Report on sanitation, dispensaries, and jails in Rajputana for 1918, and on vaccination for the year 1918-1919 - 1918-1919
Year: 1918
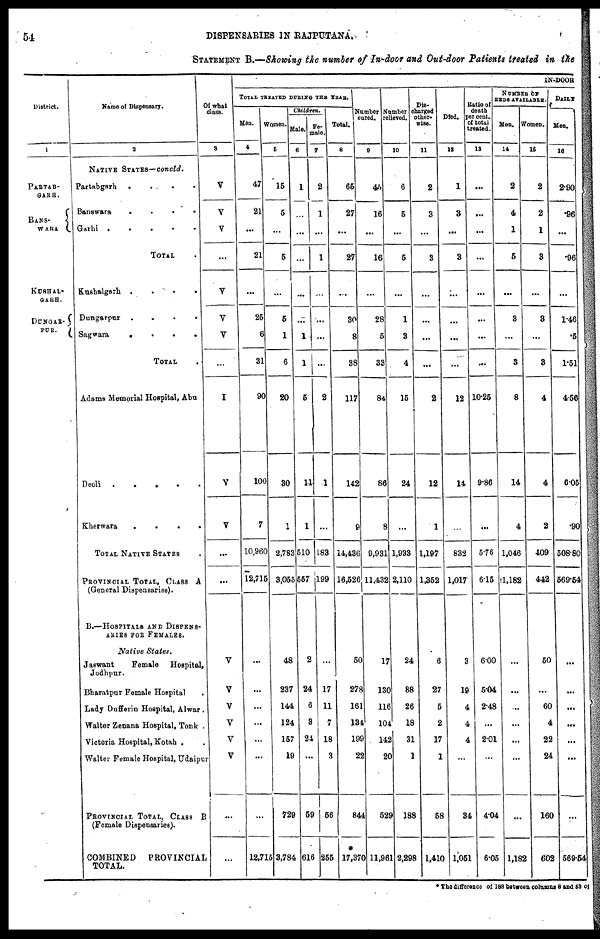
54
DISPENSARIES IN RAJPUTANA.
STATEMENT B.—Showing the number of In-door and Out-door Patients treated in the
District.
1
PARTAB-
GARH.
BANS-
WARA
KUSHAL-
GARH.
DUNGAR-
PUR.
Name of Dispensary.
2
NATIVE STATES— concld.
Partabgarh
. . . .
Banswara
. . . .
Garhi . . . . .
TOTAL .
Kushalgarh
.
.
.
.
Dungarpur .
.
.
.
Sagwara
.
.
.
.
TOTAL .
Adams Memorial Hospital, Abu
Deoli . . . .
.
Kherwara
.
.
.
.
TOTAL NATIVE STATES .
PROVINCIAL TOTAL, CLASS A
(General Dispensaries).
B.—HOSPITALS AND DISPENS-
ARIES FOR FEMALES.
Native
States.
Jaswant
Female
Hospital,
Jodhpur.
Bharatpur Female Hospital .
Lady Dufferin Hospital, Alwar .
Walter Zenana Hospital, Tonk .
Victoria Hospital, Kotah . .
Walter Female Hospital, Udaipur
PROVINCIAL TOTAL, CLASS
B
(Female Dispensaries).
COMBINED
PROVINCIAL
TOTAL.
Of what
class.
3
V
V
V
...
V
V
V
...
I
V
V
...
...
V
V
V
V
V
V
...
...
IN-DOOR
TOTAL TREATED DURING THE YEAR.
Men.
4
47
21
...
21
...
25
6
31
90
100
7
10,960
12,715
...
...
...
...
...
...
...
12,715
Women.
5
15
5
...
5
...
5
1
6
20
30
1
2,783
3,055
48
237
144
124
157
19
729
3,784
Children.
Mal e.
6
1
...
...
...
...
...
1
1
5
11
1
510
557
2
24
6
3
24
...
59
616
Fe-
male.
7
2
1
...
1
...
...
...
...
2
1
...
183
199
...
17
11
7
18
3
56
255
Total.
8
65
27
...
27
...
30
8
38
117
142
9
14,436
16,526
50
278
161
134
199
22
844
*
17,370
Number
cured.
9
45
16
...
16
...
28
5
33
84
86
8
9,931
11,432
17
130
116
104
142
20
529
11,961
Number
relieved.
10
6
5
...
5
...
1
3
4
15
24
...
1,933
2,110
24
88
26
18
31
1
188
2,298
Dis-
charged
other-
wise.
11
2
3
...
3
...
...
...
...
2
12
1
1,197
1,352
6
27
5
2
17
1
58
1,410
Di ed.
12
1
3
...
3
...
...
...
...
12
14
...
832
1,017
3
19
4
4
4
...
34
1,051
Ratio of
death
per cent.,
of total
treated.
13
...
...
...
...
...
...
...
...
10.25
9.86
...
5.76
6.15
6.00
5.04
2.48
...
2.01
...
4.04
6.05
NUMBER OF
BEDS AVAILABLE
Men.
14
2
4
1
5
...
3
...
3
8
14
4
1,046
1,182
...
...
...
...
...
...
...
1,182
Women.
15
2
2
1
3
...
3
...
3
4
4
2
409
442
50
...
60
4
22
24
160
602
DAILY
Men.
16
2.90
.96
...
.96
...
1.46
.5
1.51
4.56
6.05
.90
508.80
569.54
...
...
...
...
...
...
...
569.54